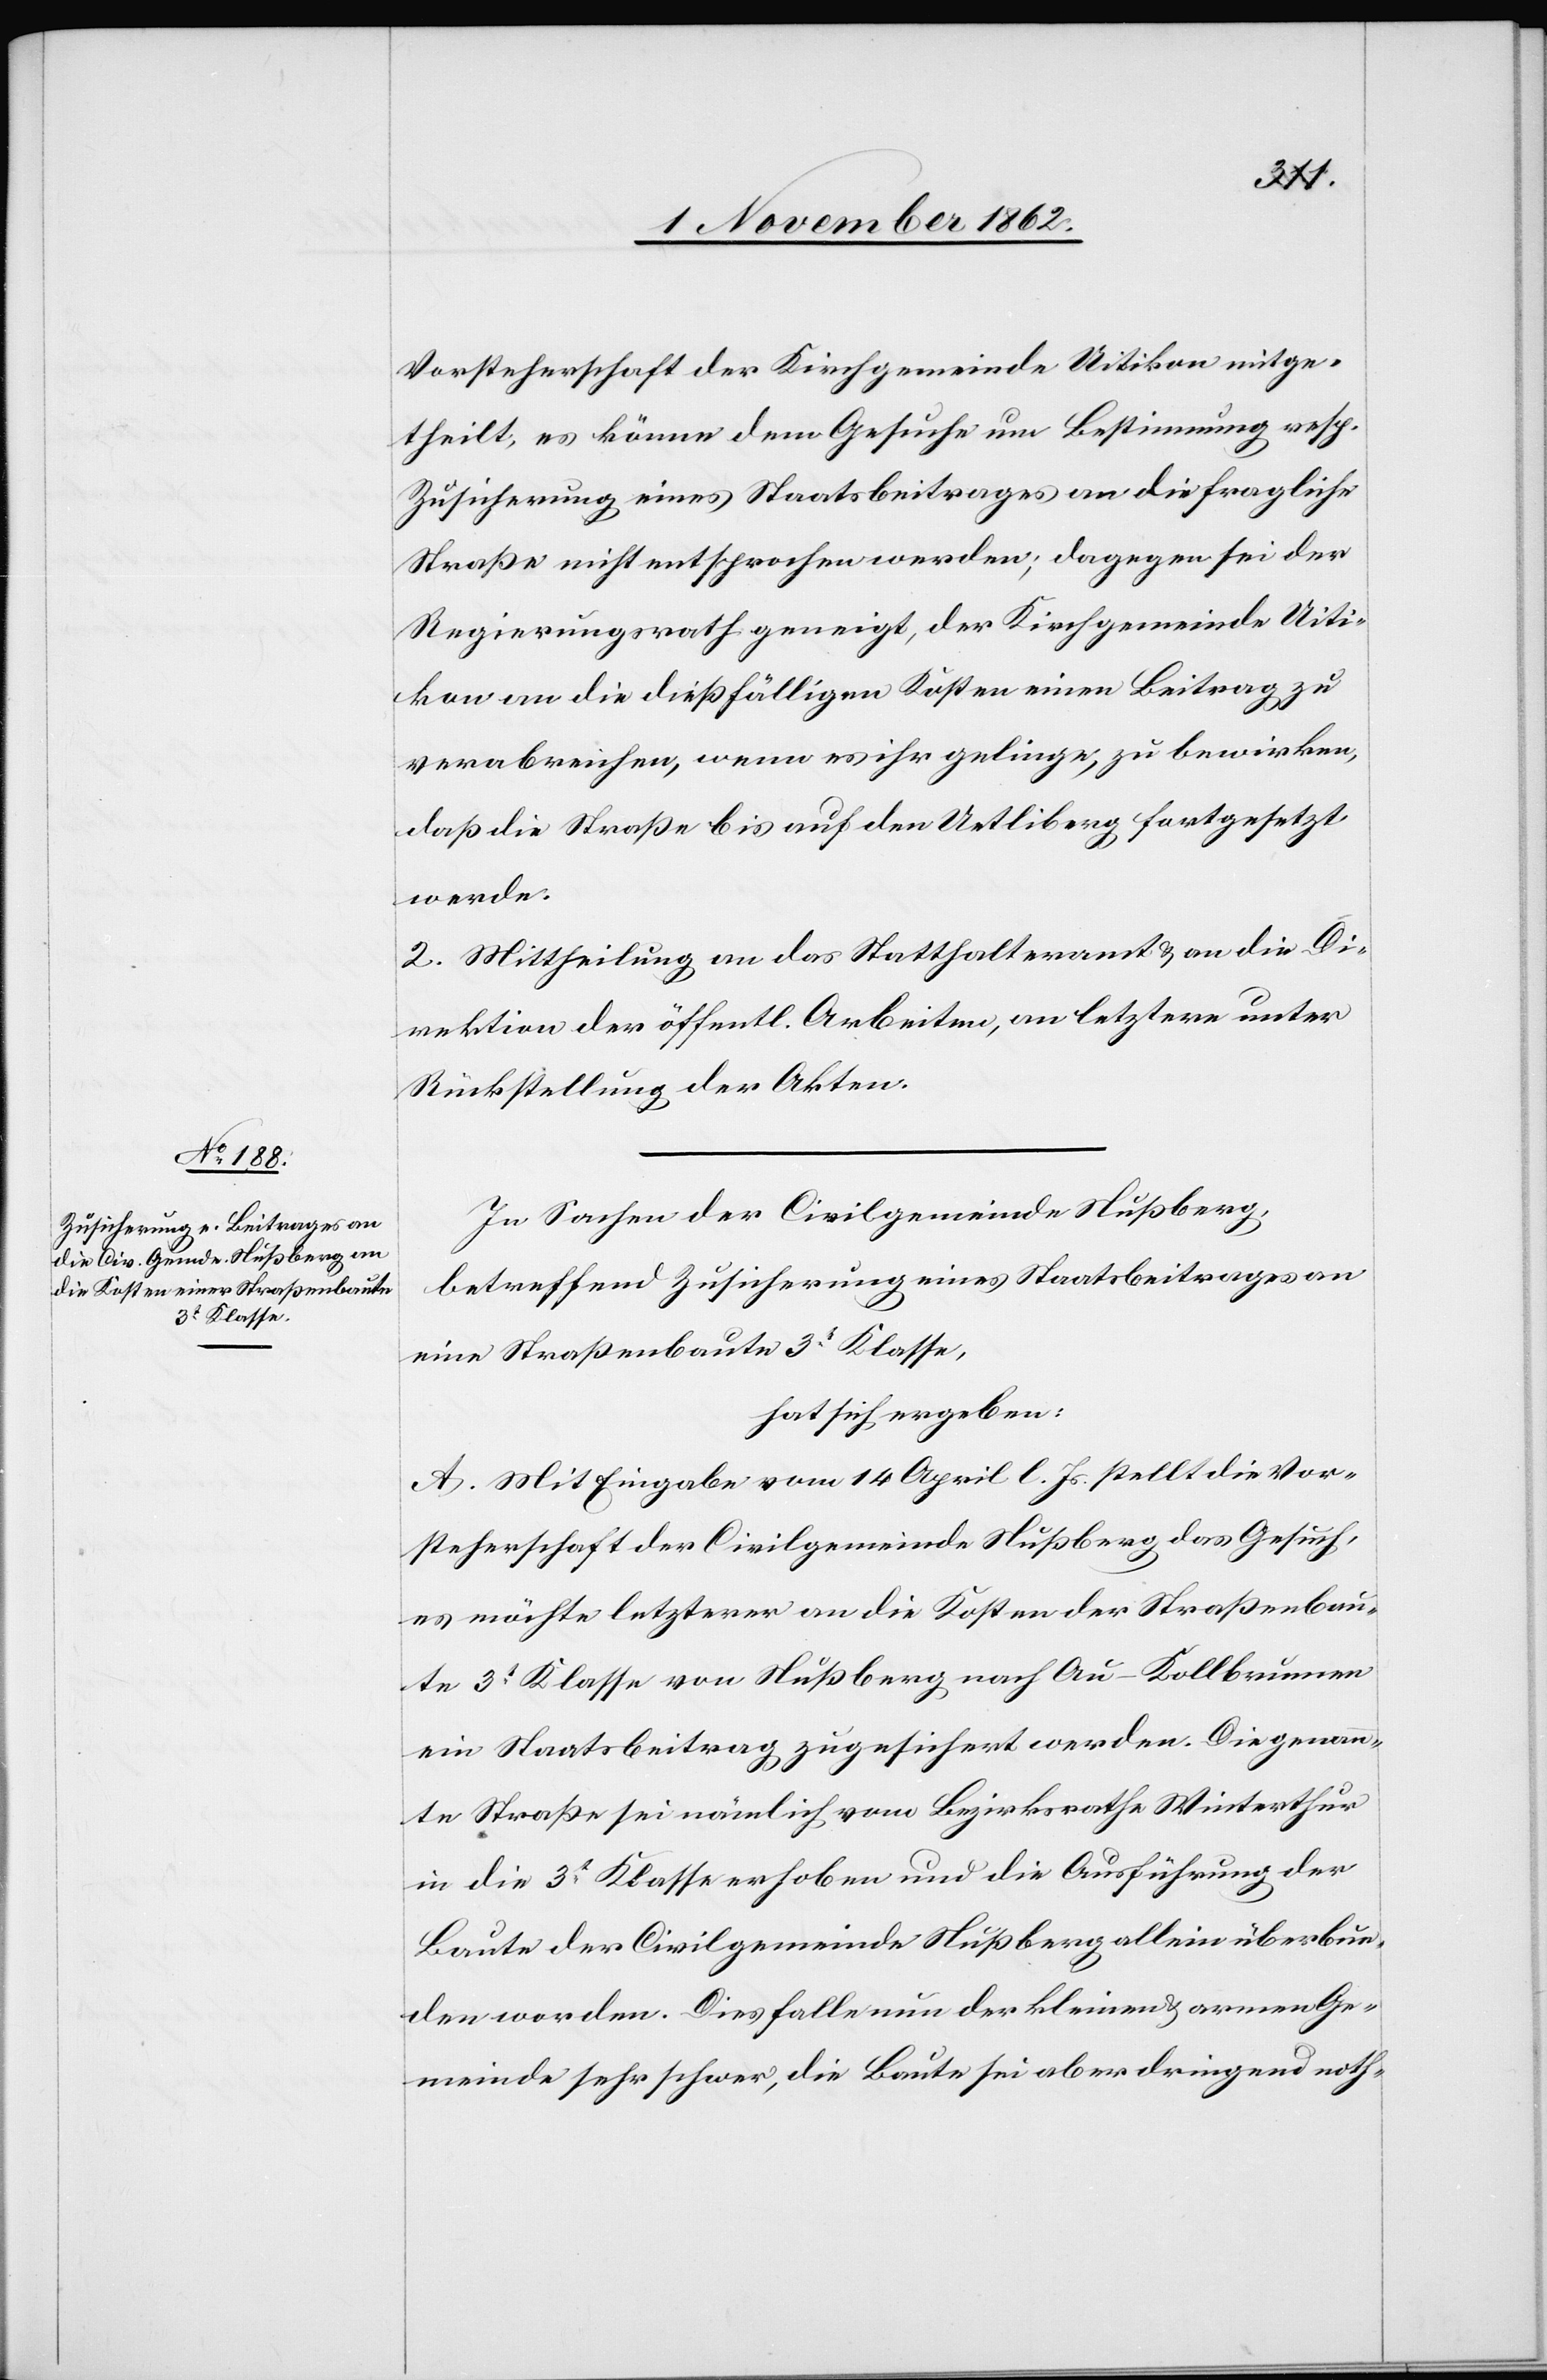
Vorsteherschaft der Kirchgemeinde Uitikon mitge¬
theilt, es könne dem Gesuche um Bestimmung resp.
Zusicherung eines Staatsbeitrages an die fragliche
Straße nicht entsprochen werden; dagegen sei der
Regierungsrath geneigt, der Kirchgemeinde Uiti¬
kon an die dießfälligen Kosten einen Beitrag zu
verabreichen, wenn es ihr gelinge, zu bewirken,
daß die Straße bis auf den Uetliberg fortgesetzt
werde.
2. Mittheilung an das Statthalteramt u. an die Di¬
rektion der öffentl. Arbeiten, an letztern unter
Rückstellung der Akten.
In Sachen der Civilgemeinde Nußberg,
betreffend Zusicherung eines Staatsbeitrages an
eine Straßenbaute 3r Klasse,
hat sich ergeben:
A. Mit Eingabe vom 14. April l. Js. stellt die Vor¬
steherschaft der Civilgemeinde Nußberg das Gesuch,
es möchte letzterer an die Kosten der Straßenbau¬
te 3t Klasse von Nußberg nach Au-Kollbrunnen
ein Staatsbeitrag zugesichert werden. Die genann¬
te Straße sei nämlich vom Bezirksrathe Winterthur
in die 3r Klasse erhoben und die Ausführung der
Baute der Civilgemeinde Nußberg allein überbun¬
den worden. Dies falle nun der kleinen u. armen Ge¬
meinde sehr schwer, die Baute sei aber dringend noth-